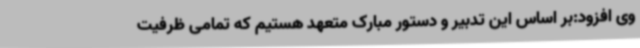
وی افزود:بر اساس این تدبیر و دستور مبارک متعهد هستیم که تمامی ظرفیت